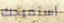
أستميحك